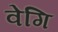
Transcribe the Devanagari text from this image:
वेगि